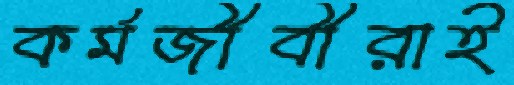
কর্মজীবীরাই